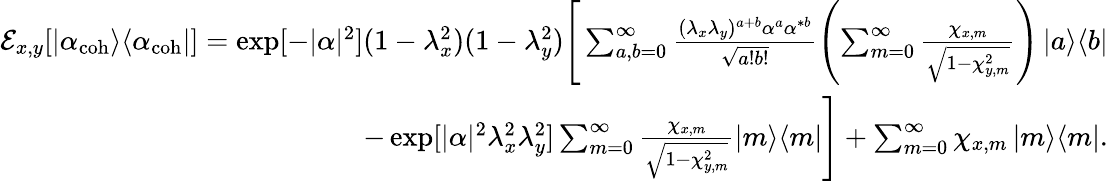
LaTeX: \begin{array}{r}{\mathcal{E}_{x,y}[\left|\alpha_{\mathrm{coh}}\middle>\middle<\alpha_{\mathrm{coh}}\right|]=\exp[-|\alpha|^{2}](1-\lambda_{x}^{2})(1-\lambda_{y}^{2})\Bigg[\sum_{a,b=0}^{\infty}\frac{(\lambda_{x}\lambda_{y})^{a+b}\alpha^{a}\alpha^{*b}}{\sqrt{a!b!}}\left(\sum_{m=0}^{\infty}\frac{\chi_{x,m}}{\sqrt{1-\chi_{y,m}^{2}}}\right)\left|a\middle>\middle<b\right|}\\ {-\exp[|\alpha|^{2}\lambda_{x}^{2}\lambda_{y}^{2}]\sum_{m=0}^{\infty}\frac{\chi_{x,m}}{\sqrt{1-\chi_{y,m}^{2}}}\left|m\middle>\middle<m\right|\Bigg]+\sum_{m=0}^{\infty}\chi_{x,m}\left|m\middle>\middle<m\right|.}\end{array}